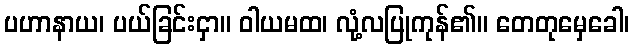
ပဟာနာယ၊ ပယ်ခြင်းငှာ။ ဝါယမထ၊ လုံ့လပြုကုန်၏။ တေတုမှေခေါ၊